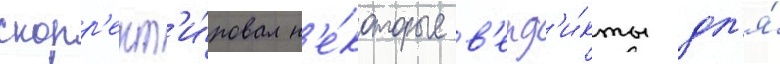
скорр'ект'и́ровал н'е́которые в'ерд'и́кты дл'я́